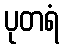
ပုတရံ